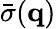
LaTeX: \bar{\sigma}(\mathbf{q})